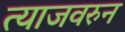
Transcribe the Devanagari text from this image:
त्याजवरुन